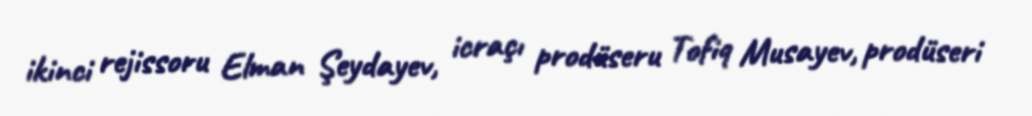
ikinci rejissoru Elman Şeydayev, icraçı prodüseru Tofiq Musayev, prodüseri